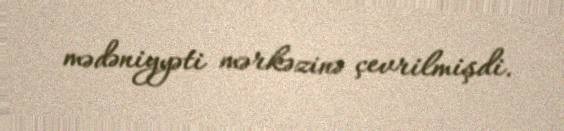
mədəniyyəti mərkəzinə çevrilmişdi.